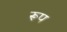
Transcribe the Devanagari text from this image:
रूप